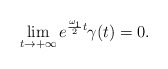
\begin{align*} \lim_{t\to +\infty}e^{\frac{\omega_1}{2}t}\gamma(t)=0.\end{align*}